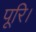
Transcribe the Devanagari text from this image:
पूरि।